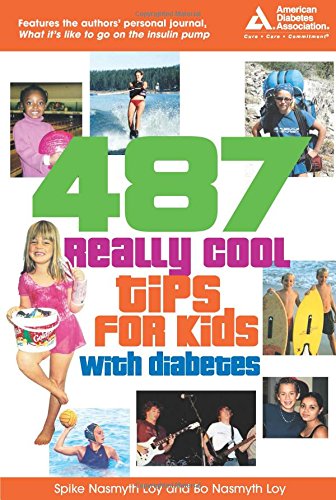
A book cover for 487 Really Cool Tips for Kids with Diabetes; Bo Loy; Health, Fitness & Dieting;